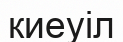
киеуіл